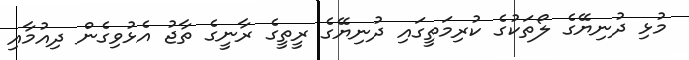
މުޅި ދުނިޔޭގެ ލޯތަކުގެ ކުރިމަތީގައި ދުނިޔޭގެ ރީތީގެ ރާނީގެ ތާޖު އެޅުވިގެން ދިއުމާއި